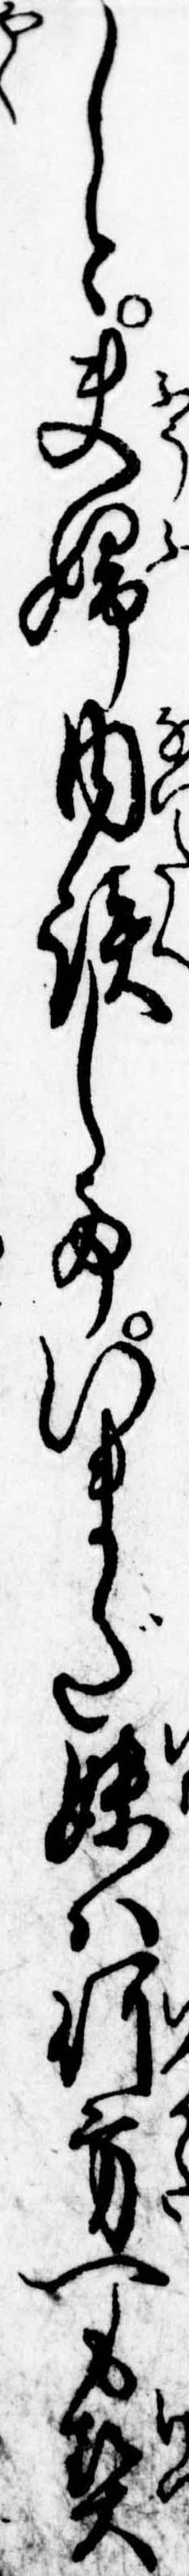
しと夫婦内談していまだ妹は何方へも契